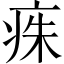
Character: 𤶎